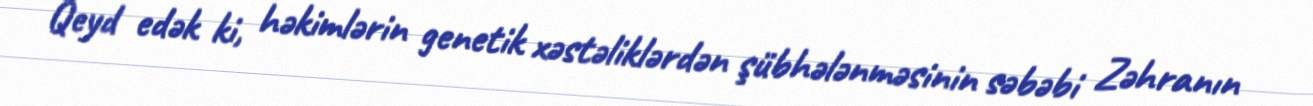
Qeyd edək ki, həkimlərin genetik xəstəliklərdən şübhələnməsinin səbəbi Zəhranın